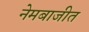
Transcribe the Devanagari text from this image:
नेमबाजीत